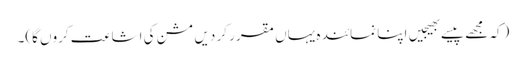
(کہ مجھے پیسے بھیجیں اپنا نمائندہ یہاں مقرر کر دیں مشن کی اشاعت کروں گا)۔